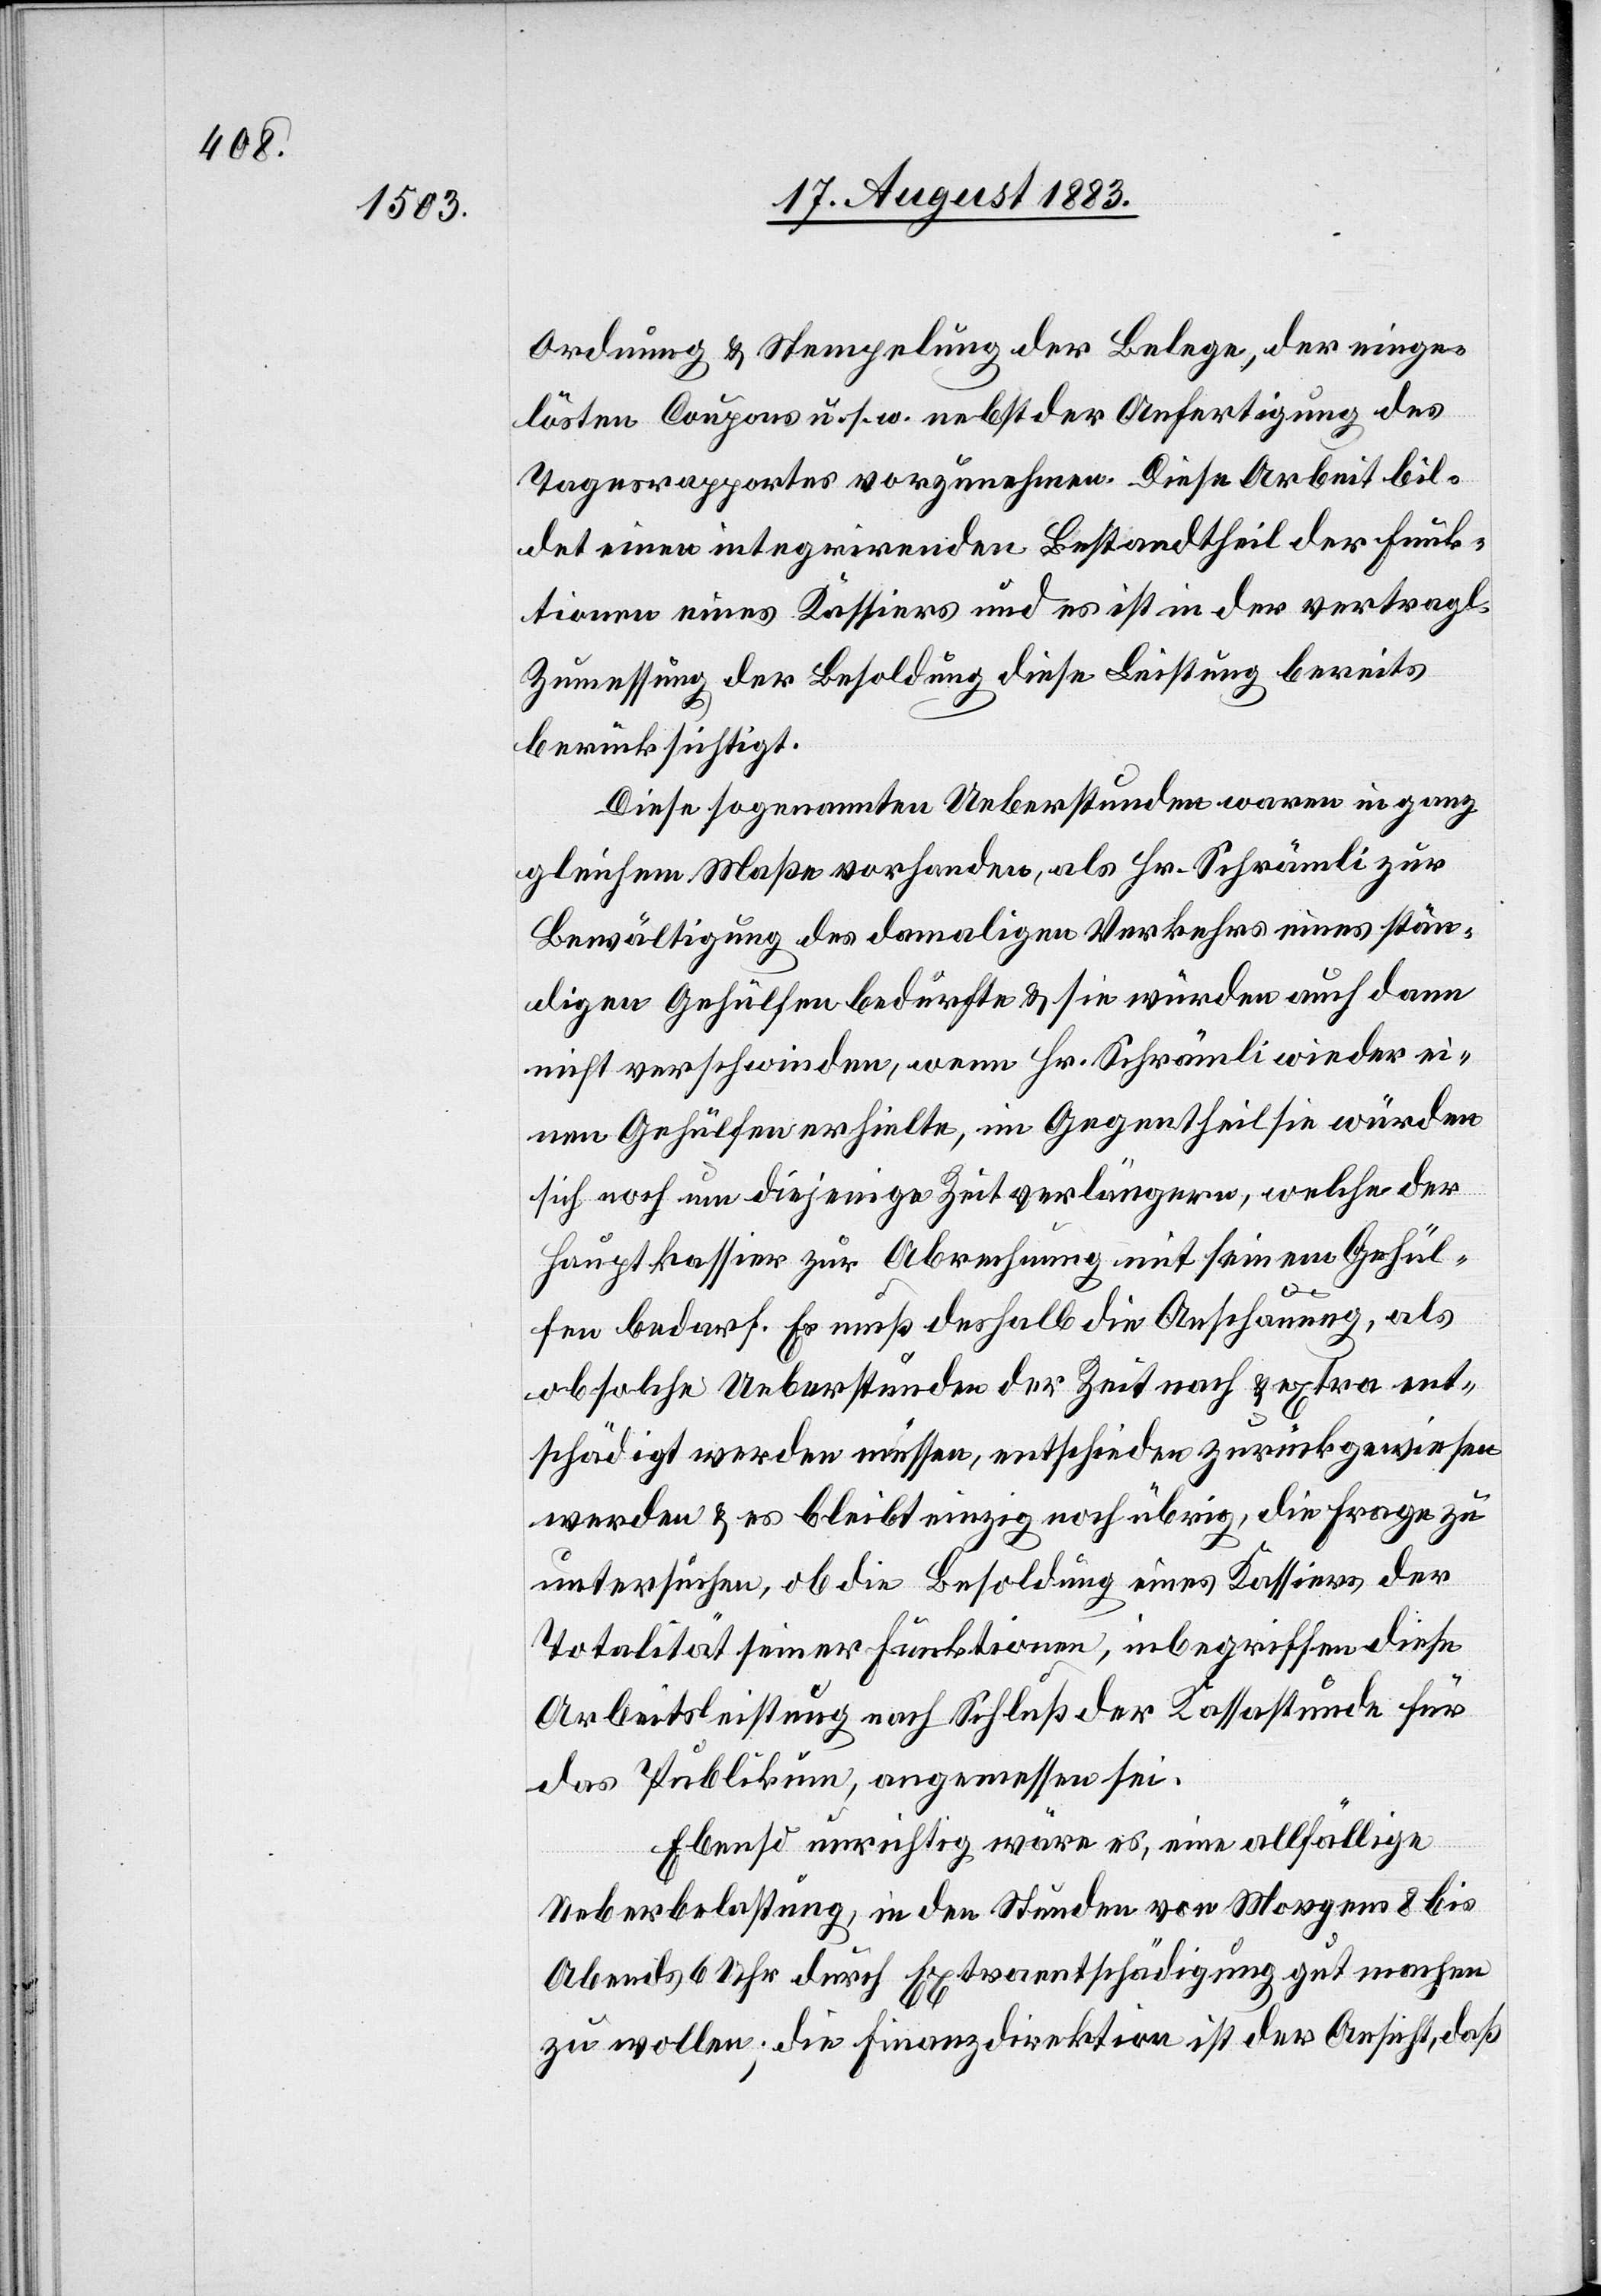
Ordnung und Stempelung der Belege, der einge¬
lösten Coupons u. s. w. nebst der Anfertigung des
Tagesrapportes vorzunehmen. Diese Arbeit bil¬
det einen integrirenden Bestandtheil der Funk¬
tionen eines Kassiers und es ist in der vertragl.
Zumessung der Besoldung diese Leistung bereits
berücksichtigt.
Diese sogenannten Ueberstunden waren in ganz
gleichem Maße vorhanden, als Hr. Schrämli zur
Bewältigung des damaligen Verkehrs eines stän¬
digen Gehülfen bedurfte & sie würden auch dann
nicht verschwinden, wenn Hr. Schrämli wieder ei¬
nen Gehülfen erhielte, im Gegentheil sie würden
sich noch um diejenige Zeit verlängern, welche der
Hauptkassier zur Abrechnung mit seinem Gehül¬
fen bedarf. Es muß deshalb die Anschauung, als
ob solche Ueberstunden der Zeit nach & extra ent¬
schädigt werden müssen, entschieden zurückgewiesen
werden & es bleibt einzig noch übrig, die Frage zu
untersuchen, ob die Besoldung eines Kassiers der
Totalität seiner Funktionen, inbegriffen diese
Arbeitsleistung nach Schluß der Kassastunden für
das Publikum, angemessen sei.
Ebenso unrichtig wäre es, eine allfällige
Ueberbelastung, in den Stunden von Morgens 8 bis
Abends 6 Uhr durch Extraentschädigung gut machen
zu wollen; die Finanzdirektion ist der Ansicht, daß